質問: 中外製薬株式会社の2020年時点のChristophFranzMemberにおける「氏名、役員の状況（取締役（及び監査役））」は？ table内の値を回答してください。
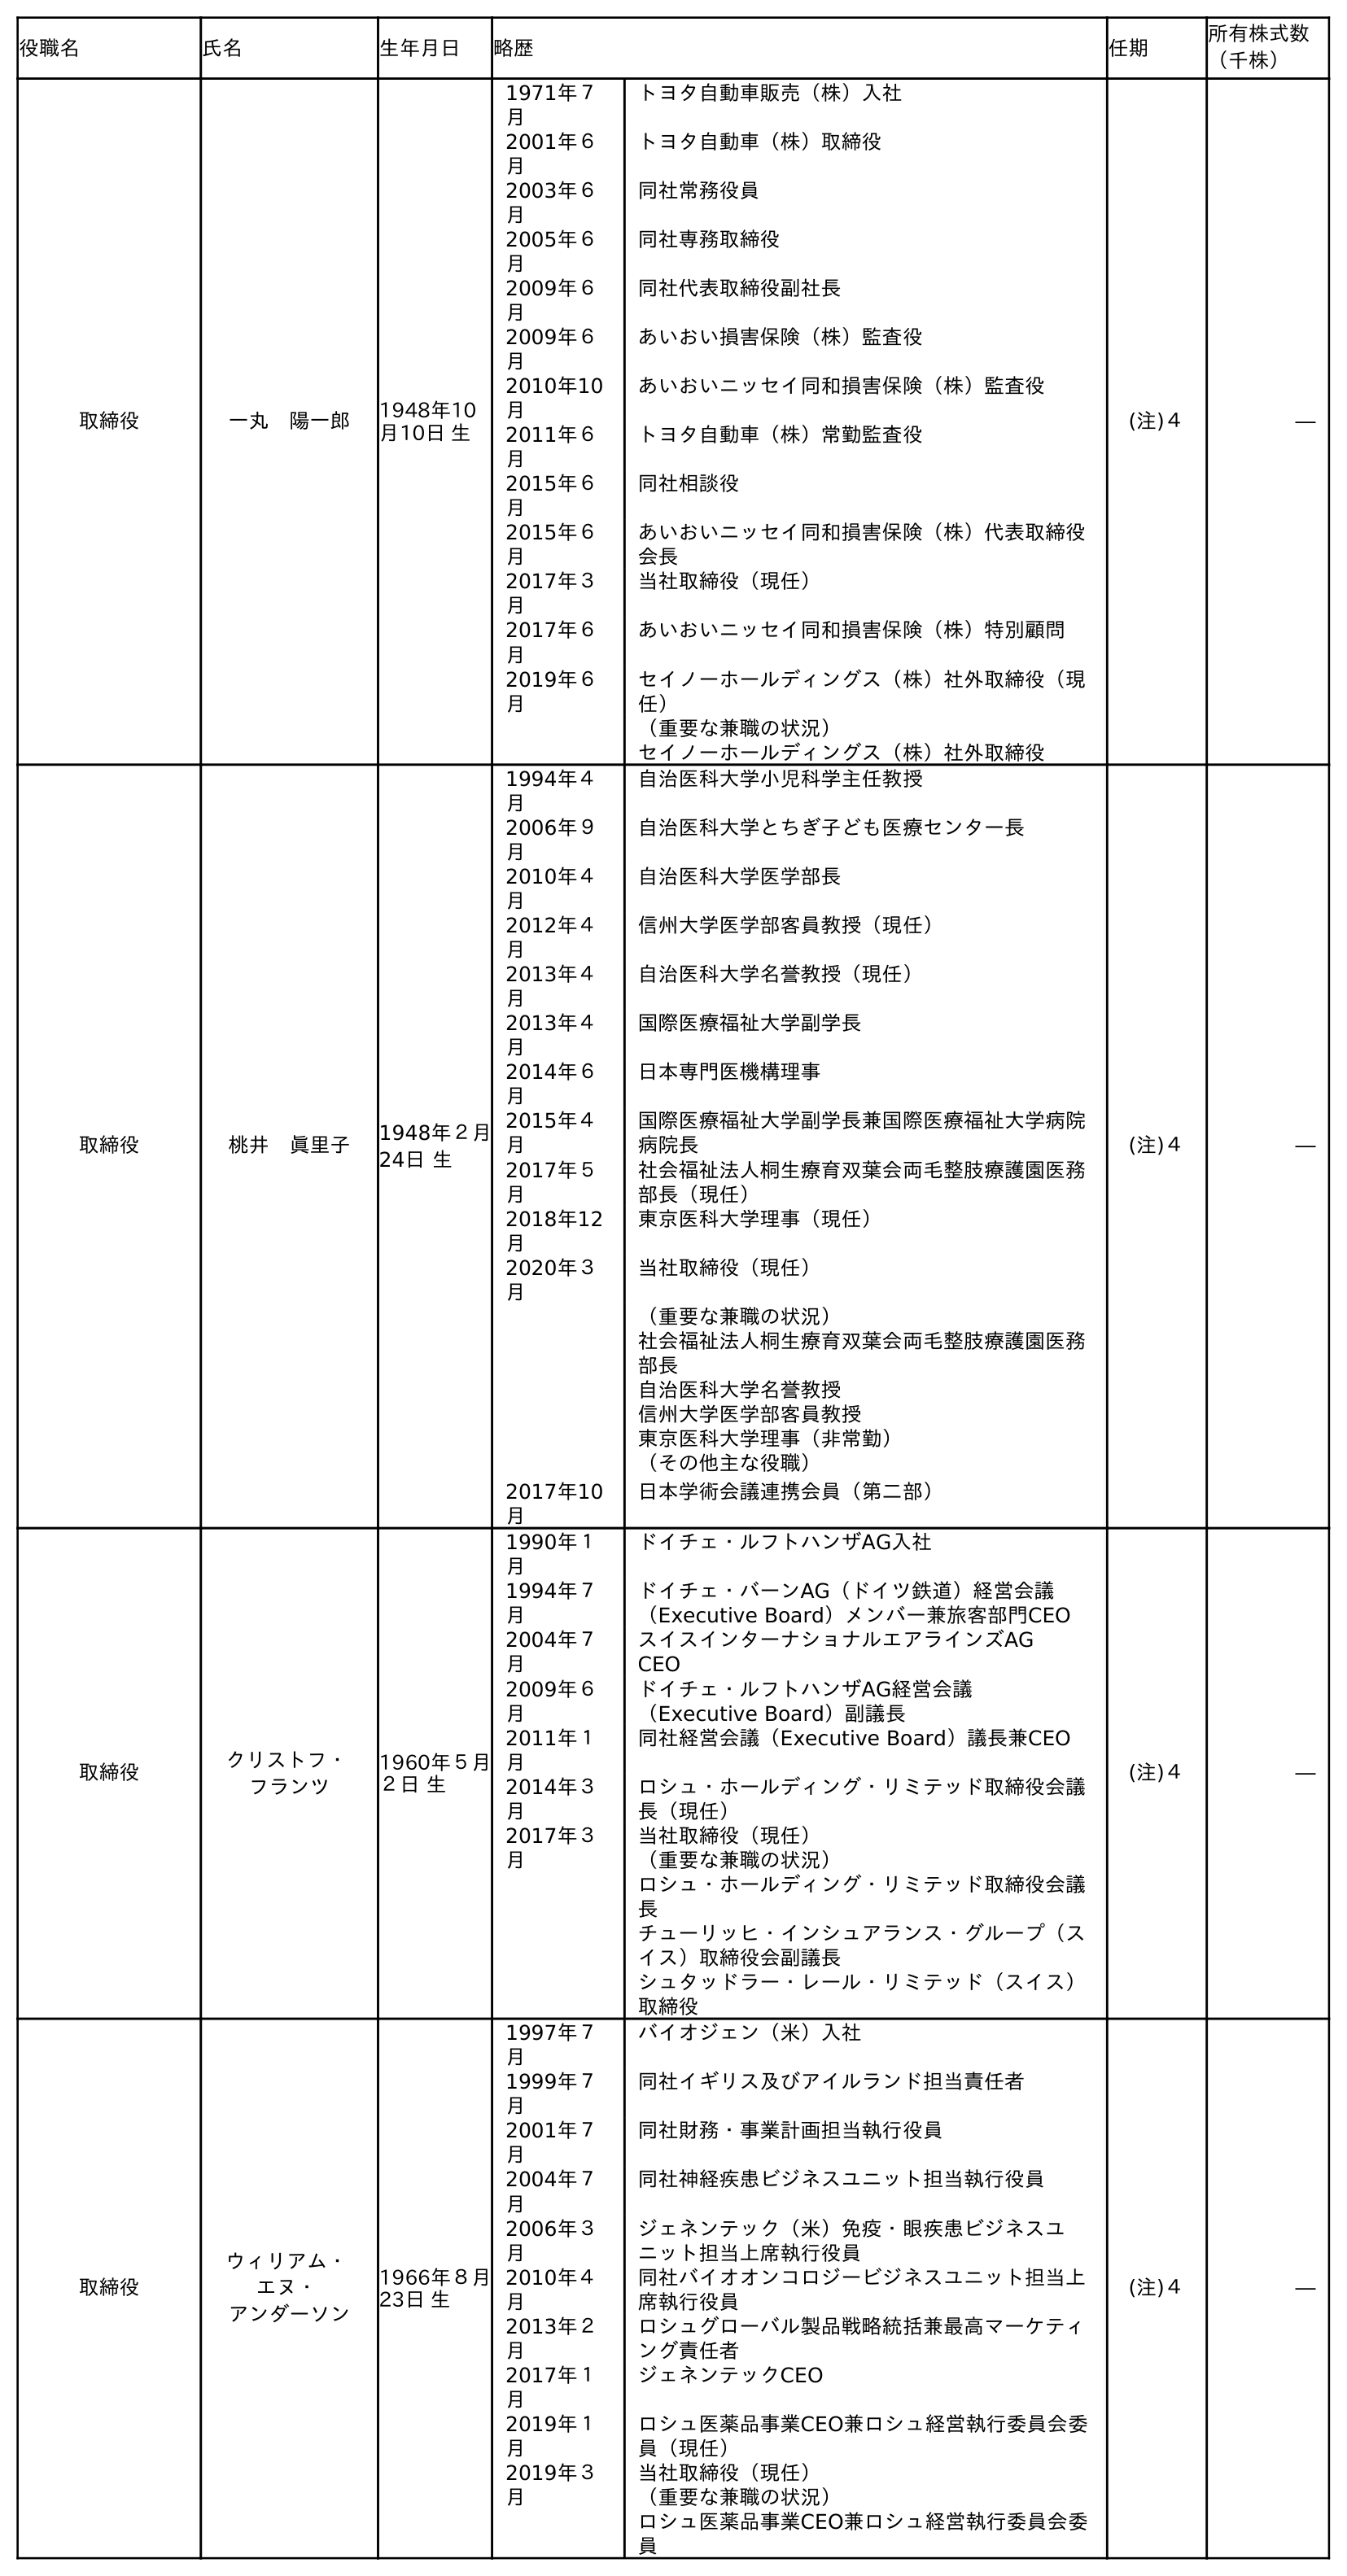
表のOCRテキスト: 役職名 氏名 生年月日 略歴 任期 所有株式数 （千株） 取締役 一丸 陽一郎 1948年10 月10日 生 1971年７ 月 トヨタ自動車販売（株）入社 2001年６ 月 トヨタ自動車（株）取締役 2003年６ 月 同社常務役員 2005年６ 月 同社専務取締役 2009年６ 月 同社代表取締役副社長 2009年６ 月 あいおい損害保険（株）監査役 2010年10 月 あいおいニッセイ同和損害保険（株）監査役 2011年６ 月 トヨタ自動車（株）常勤監査役 2015年６ 月 同社相談役 2015年６ 月 あいおいニッセイ同和損害保険（株）代表取締役 会長 2017年３ 月 当社取締役（現任） 2017年６ 月 あいおいニッセイ同和損害保険（株）特別顧問 2019年６ 月 セイノーホールディングス（株）社外取締役（現 任） （重要な兼職の状況） セイノーホールディングス（株）社外取締役 (注)４ ― 取締役 桃井 眞里子 1948年２月 24日 生 1994年４ 月 自治医科大学小児科学主任教授 2006年９ 月 自治医科大学とちぎ子ども医療センター長 2010年４ 月 自治医科大学医学部長 2012年４ 月 信州大学医学部客員教授（現任） 2013年４ 月 自治医科大学名誉教授（現任） 2013年４ 月 国際医療福祉大学副学長 2014年６ 月 日本専門医機構理事 2015年４ 月 国際医療福祉大学副学長兼国際医療福祉大学病院 病院長 2017年５ 月 社会福祉法人桐生療育双葉会両毛整肢療護園医務 部長（現任） 2018年12 月 東京医科大学理事（現任） 2020年３ 月 当社取締役（現任） （重要な兼職の状況） 社会福祉法人桐生療育双葉会両毛整肢療護園医務 部長 自治医科大学名誉教授 信州大学医学部客員教授 東京医科大学理事（非常勤） （その他主な役職） 2017年10 月 日本学術会議連携会員（第二部） (注)４ ― 取締役 クリストフ・ フランツ 1960年５月 ２日 生 1990年１ 月 ドイチェ・ルフトハンザAG入社 1994年７ 月 ドイチェ・バーンAG（ドイツ鉄道）経営会議 （Executive Board）メンバー兼旅客部門CEO 2004年７ 月 スイスインターナショナルエアラインズAG  CEO 2009年６ 月 ドイチェ・ルフトハンザAG経営会議 （Executive Board）副議長 2011年１ 月 同社経営会議（Executive Board）議長兼CEO 2014年３ 月 ロシュ・ホールディング・リミテッド取締役会議 長（現任） 2017年３ 月 当社取締役（現任） （重要な兼職の状況） ロシュ・ホールディング・リミテッド取締役会議 長 チューリッヒ・インシュアランス・グループ（ス イス）取締役会副議長 シュタッドラー・レール・リミテッド（スイス） 取締役 (注)４ ― 取締役 ウィリアム・ エヌ・ アンダーソン 1966年８月 23日 生 1997年７ 月 バイオジェン（米）入社 1999年７ 月 同社イギリス及びアイルランド担当責任者 2001年７ 月 同社財務・事業計画担当執行役員 2004年７ 月 同社神経疾患ビジネスユニット担当執行役員 2006年３ 月 ジェネンテック（米）免疫・眼疾患ビジネスユ ニット担当上席執行役員 2010年４ 月 同社バイオオンコロジービジネスユニット担当上 席執行役員 2013年２ 月 ロシュグローバル製品戦略統括兼最高マーケティ ング責任者 2017年１ 月 ジェネンテックCEO 2019年１ 月 ロシュ医薬品事業CEO兼ロシュ経営執行委員会委 員（現任） 2019年３ 月 当社取締役（現任） （重要な兼職の状況） ロシュ医薬品事業CEO兼ロシュ経営執行委員会委 員 (注)４ ―
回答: クリストフ・フランツ